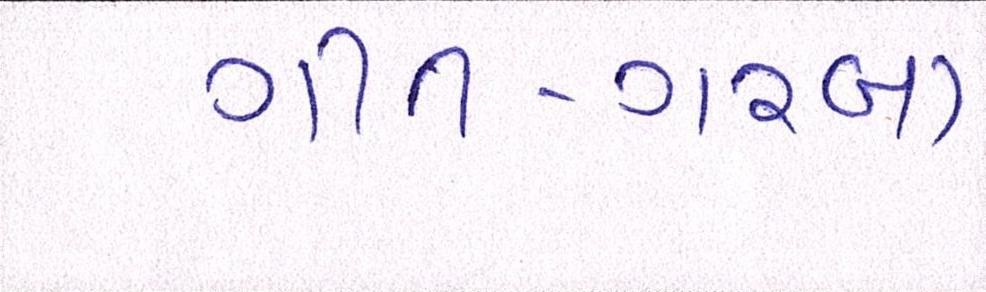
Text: ગીત-ગરબા